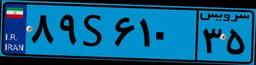
۸۹S۶۱۰۳۵